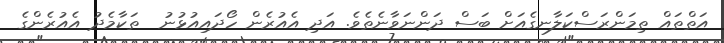
އަތްތައް ތިމަންރަސްކަލާނގެއަށް ބަސް ދަންނަވާނެތެވެ. އަދި އެއުރެން ހޯދައިއުޅުނު  ތަކާމެދު އެއުރެންގެ